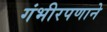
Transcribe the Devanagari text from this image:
गंभीरपणाने